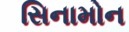
સિનામોન